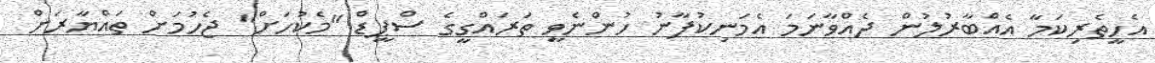
އެހީތެރިކަމާ އެއްބާރުލުން ދެއްވާނަމަ އެމަނިކުފާނު ހުންނެވީ ތަރައްގީގެ ސްޕީޑް "މެކުހަށް" ޖެހުމަށް ތައްޔާރަށް